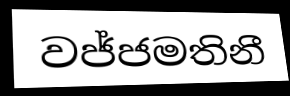
වජ්ජමතිනී